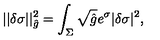
| | \delta \sigma | | _ { \hat { g } } ^ { 2 } = \int _ { \Sigma } \sqrt { \hat { g } } e ^ { \sigma } | \delta \sigma | ^ { 2 } ,